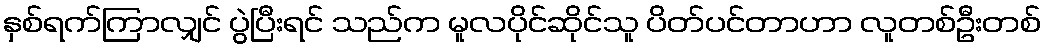
နှစ်ရက်ကြာလျှင် ပွဲပြီးရင် သည်က မူလပိုင်ဆိုင်သူ ပိတ်ပင်တာဟာ လူတစ်ဦးတစ်